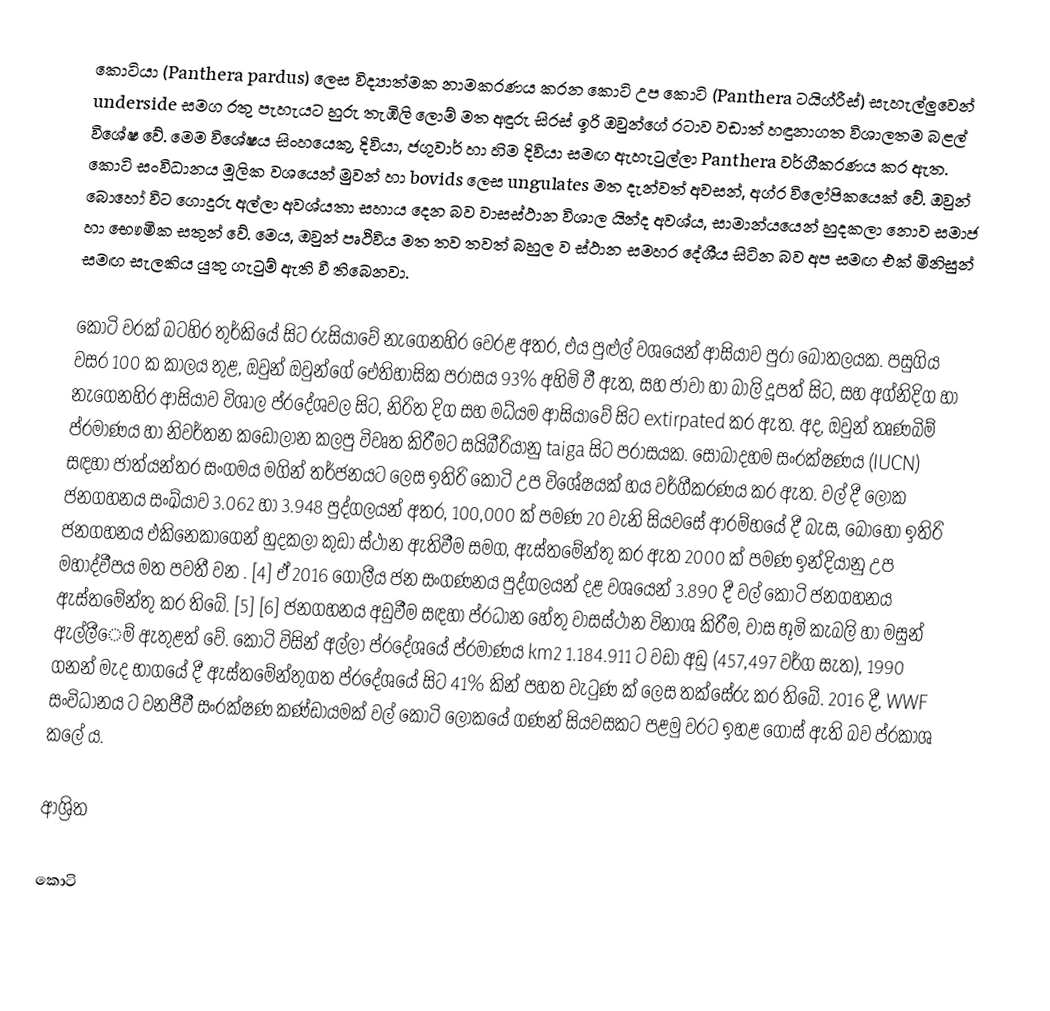
කොටියා (Panthera pardus) ලෙස විද්‍යාත්මක නාමකරණය කරන කොටි උප කොටි (Panthera ටයිග්රීස්) සැහැල්ලුවෙන් underside සමග රතු පැහැයට හුරු තැඹිලි ලොම් මත අඳුරු සිරස් ඉරි ඔවුන්ගේ රටාව වඩාත් හඳුනාගත විශාලතම බළල් විශේෂ වේ. මෙම විශේෂය සිංහයෙකු, දිවියා, ජගුවාර් හා හිම දිවියා සමඟ ඇහැටුල්ලා Panthera වර්ගීකරණය කර ඇත. කොටි සංවිධානය මූලික වශයෙන් මුවන් හා bovids ලෙස ungulates මත දැන්වත් අවසන්, අග්ර විලෝපිකයෙක් වේ. ඔවුන් බොහෝ විට ගොදුරු අල්ලා අවශ්යතා සහාය දෙන බව වාසස්ථාන විශාල යින්ද අවශ්ය, සාමාන්යයෙන් හුදකලා නොව සමාජ හා භෞමික සතුන් වේ. මෙය, ඔවුන් පෘථිවිය මත තව තවත් බහුල ව ස්ථාන සමහර දේශීය සිටින බව අප සමඟ එක් මිනිසුන් සමඟ සැලකිය යුතු ගැටුම් ඇති වී තිබෙනවා.

කොටි වරක් බටහිර තුර්කියේ සිට රුසියාවේ නැගෙනහිර වෙරළ අතර, එය පුළුල් වශයෙන් ආසියාව පුරා බෝතලයක. පසුගිය වසර 100 ක කාලය තුළ, ඔවුන් ඔවුන්ගේ ඓතිහාසික පරාසය 93% අහිමි වී ඇත, සහ ජාවා හා බාලි දූපත් සිට, සහ අග්නිදිග හා නැගෙනහිර ආසියාව විශාල ප්රදේශවල සිට, නිරිත දිග සහ මධ්යම ආසියාවේ සිට extirpated කර ඇත. අද, ඔවුන් තෘණබිම් ප්රමාණය හා නිවර්තන කඩොලාන කලපු විවෘත කිරීමට සයිබීරියානු taiga සිට පරාසයක. සොබාදහම සංරක්ෂණය (IUCN) සඳහා ජාත්යන්තර සංගමය මගින් තර්ජනයට ලෙස ඉතිරි කොටි උප විශේෂයක් හය වර්ගීකරණය කර ඇත. වල් දී ලෝක ජනගහනය සංඛ්යාව 3.062 හා 3.948 පුද්ගලයන් අතර, 100,000 ක් පමණ 20 වැනි සියවසේ ආරම්භයේ දී බැස, බොහෝ ඉතිරි ජනගහනය එකිනෙකාගෙන් හුදකලා කුඩා ස්ථාන ඇතිවීම සමග, ඇස්තමේන්තු කර ඇත 2000 ක් පමණ ඉන්දියානු උප මහාද්වීපය මත පවතී වන . [4] ඒ 2016 ගෝලීය ජන සංගණනය පුද්ගලයන් දළ වශයෙන් 3.890 දී වල් කොටි ජනගහනය ඇස්තමේන්තු කර තිබේ. [5] [6] ජනගහනය අඩුවීම සඳහා ප්රධාන හේතු වාසස්ථාන විනාශ කිරීම, වාස භූමි කැබලි හා මසුන් ඇල්ලීෙම් ඇතුළත් වේ. කොටි විසින් අල්ලා ප්රදේශයේ ප්රමාණය km2 1.184.911 ට වඩා අඩු (457,497 වර්ග සැත), 1990 ගනන් මැද භාගයේ දී ඇස්තමේන්තුගත ප්රදේශයේ සිට 41% කින් පහත වැටුණ ක් ලෙස තක්සේරු කර තිබේ. 2016 දී, WWF සංවිධානය ට වනජීවී සංරක්ෂණ කණ්ඩායමක් වල් කොටි ලෝකයේ ගණන් සියවසකට පළමු වරට ඉහළ ගොස් ඇති බව ප්රකාශ කලේ ය.

ආශ්‍රිත

කොටි